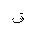
Letter: _qaf